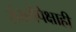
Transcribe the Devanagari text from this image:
संख्येपेक्षाही